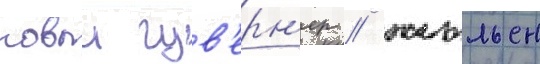
новыи гув'ерн'ер / жюльен